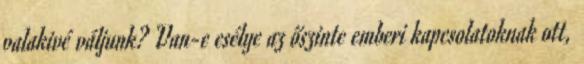
valakivé váljunk? Van-e esélye az őszinte emberi kapcsolatoknak ott,